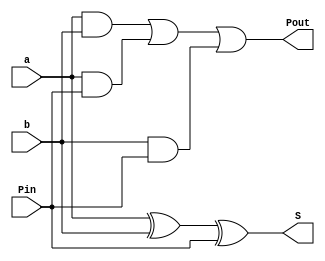
module fulladder(
  input      a,  
  input      b,
  input     Pin,

  output     S,    
  output     Pout
  );
    
      assign Pout = ((a & b) | (a & Pin)) | (b & Pin);
      assign S =  (a ^ b) ^ Pin;

  endmodule
  
    
module fulladder4(
  input [3:0]   a,  
  input [3:0]   b,
  input         Pin,
  
  output [3:0]  S,    
  output        Pout
  );
 
    wire [2:0] P;
    fulladder a0 (
        .a(a[0]),
        .b(b[0]),
        .Pin(Pin),
        .S(S[0]),
        .Pout(P[0])
    );
        fulladder a1 (
        .a(a[1]),
        .b(b[1]),
        .Pin(P[0]),
        .S(S[1]),
        .Pout(P[1])
    );
        fulladder a2 (
        .a(a[2]),
        .b(b[2]),
        .Pin(P[1]),
        .S(S[2]),
        .Pout(P[2])
    );
    
        fulladder a3 (
        .a(a[3]),
        .b(b[3]),
        .Pin(P[2]),
        .S(S[3]),
        .Pout(Pout)
    );


  endmodule
  
module fulladder16(
    input [15:0]   a,  
    input [15:0]   b,
    input         Pin,
    
    output [15:0]  S,    
    output        Pout
);
     
        wire [2:0] P;
        fulladder4 a0 (
        .a(a[3:0]),
        .b(b[3:0]),
        .Pin(Pin),
        .S(S[3:0]),
        .Pout(P[0])
    );
        fulladder4 a1 (
        .a(a[7:4]),
        .b(b[7:4]),
        .Pin(P[0]),
        .S(S[7:4]),
        .Pout(P[1])
    );
        fulladder4 a2 (
        .a(a[11:8]),
        .b(b[11:8]),
        .Pin(P[1]),
        .S(S[11:8]),
        .Pout(P[2])
    );
        fulladder4 a3 (
        .a(a[15:12]),
        .b(b[15:12]),
        .Pin(P[2]),
        .S(S[15:12]),
        .Pout(Pout)
    );


  endmodule
    
  module fulladder32(
      input [31:0]  A,  
      input [31:0]  B,
      input         Pin,
      
      output [31:0] S,    
      output        Pout
  );
  
    wire P;
    fulladder16 a0 (
        .a(A[15:0]),
        .b(B[15:0]),
        .Pin(Pin),
        .S(S[15:0]),
        .Pout(P)
    );
        fulladder16 a1 (
        .a(A[31:16]),
        .b(B[31:16]),
        .Pin(P),
        .S(S[31:16]),
        .Pout(Pout)
    );
  
  endmodule